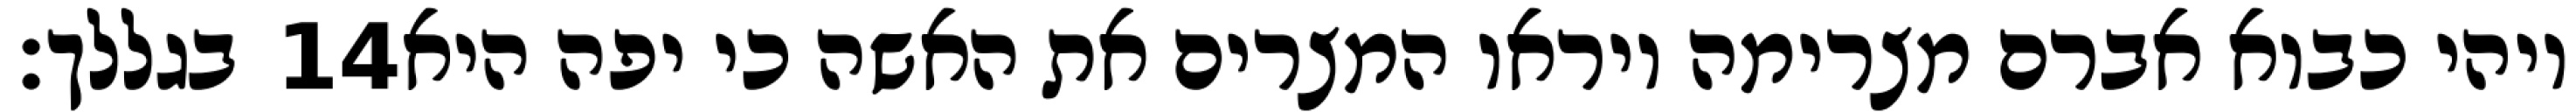
בגללך׃ ‎14‏ ויהי כבוא אברם מצרימה ויראו המצרים את האשה כי יפה היא